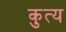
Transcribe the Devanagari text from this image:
कुत्य